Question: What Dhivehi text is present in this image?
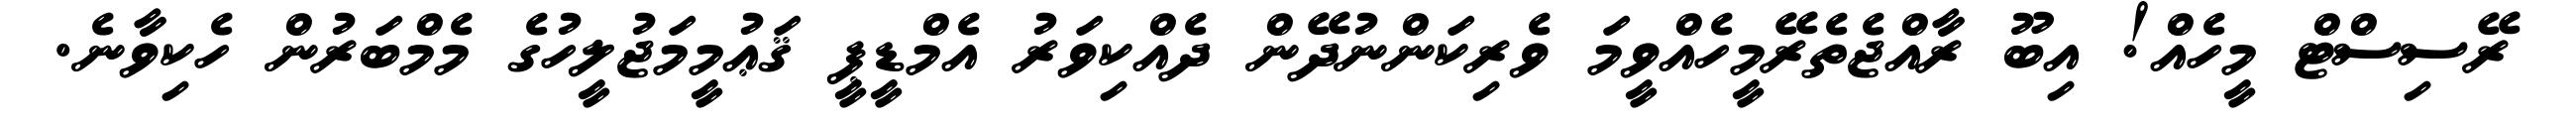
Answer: ރޭސިސްޓް މީހެއް! އިބޫ ރާއްޖެތެރޭމީހެއްވީމަ ވެރިކަންނުދޭން ދެއްކިވަރު އެމްޑީޕީ ޤަޢުމީމަޖުލީހުގެ މެމްބަރުން ހެކިވާނެ.